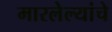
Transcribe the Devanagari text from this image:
मारलेल्यांचे